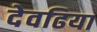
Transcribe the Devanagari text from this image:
देवढिया